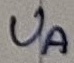
Text: UA